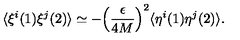
\langle \xi ^ { i } ( 1 ) \xi ^ { j } ( 2 ) \rangle \simeq - \Bigl ( \frac { \epsilon } { 4 M } \Bigr ) ^ { 2 } \langle \eta ^ { i } ( 1 ) \eta ^ { j } ( 2 ) \rangle .